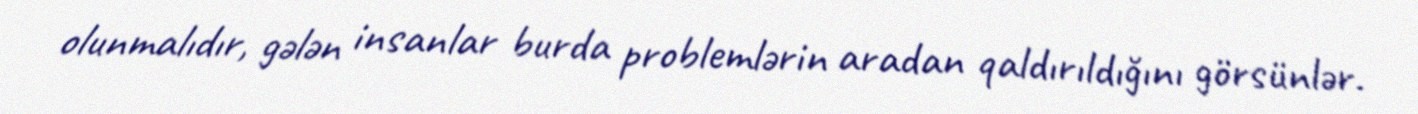
olunmalıdır, gələn insanlar burda problemlərin aradan qaldırıldığını görsünlər.